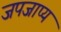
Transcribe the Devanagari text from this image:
जपजाप्य